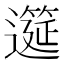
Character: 𫑎